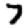
Digit: 7